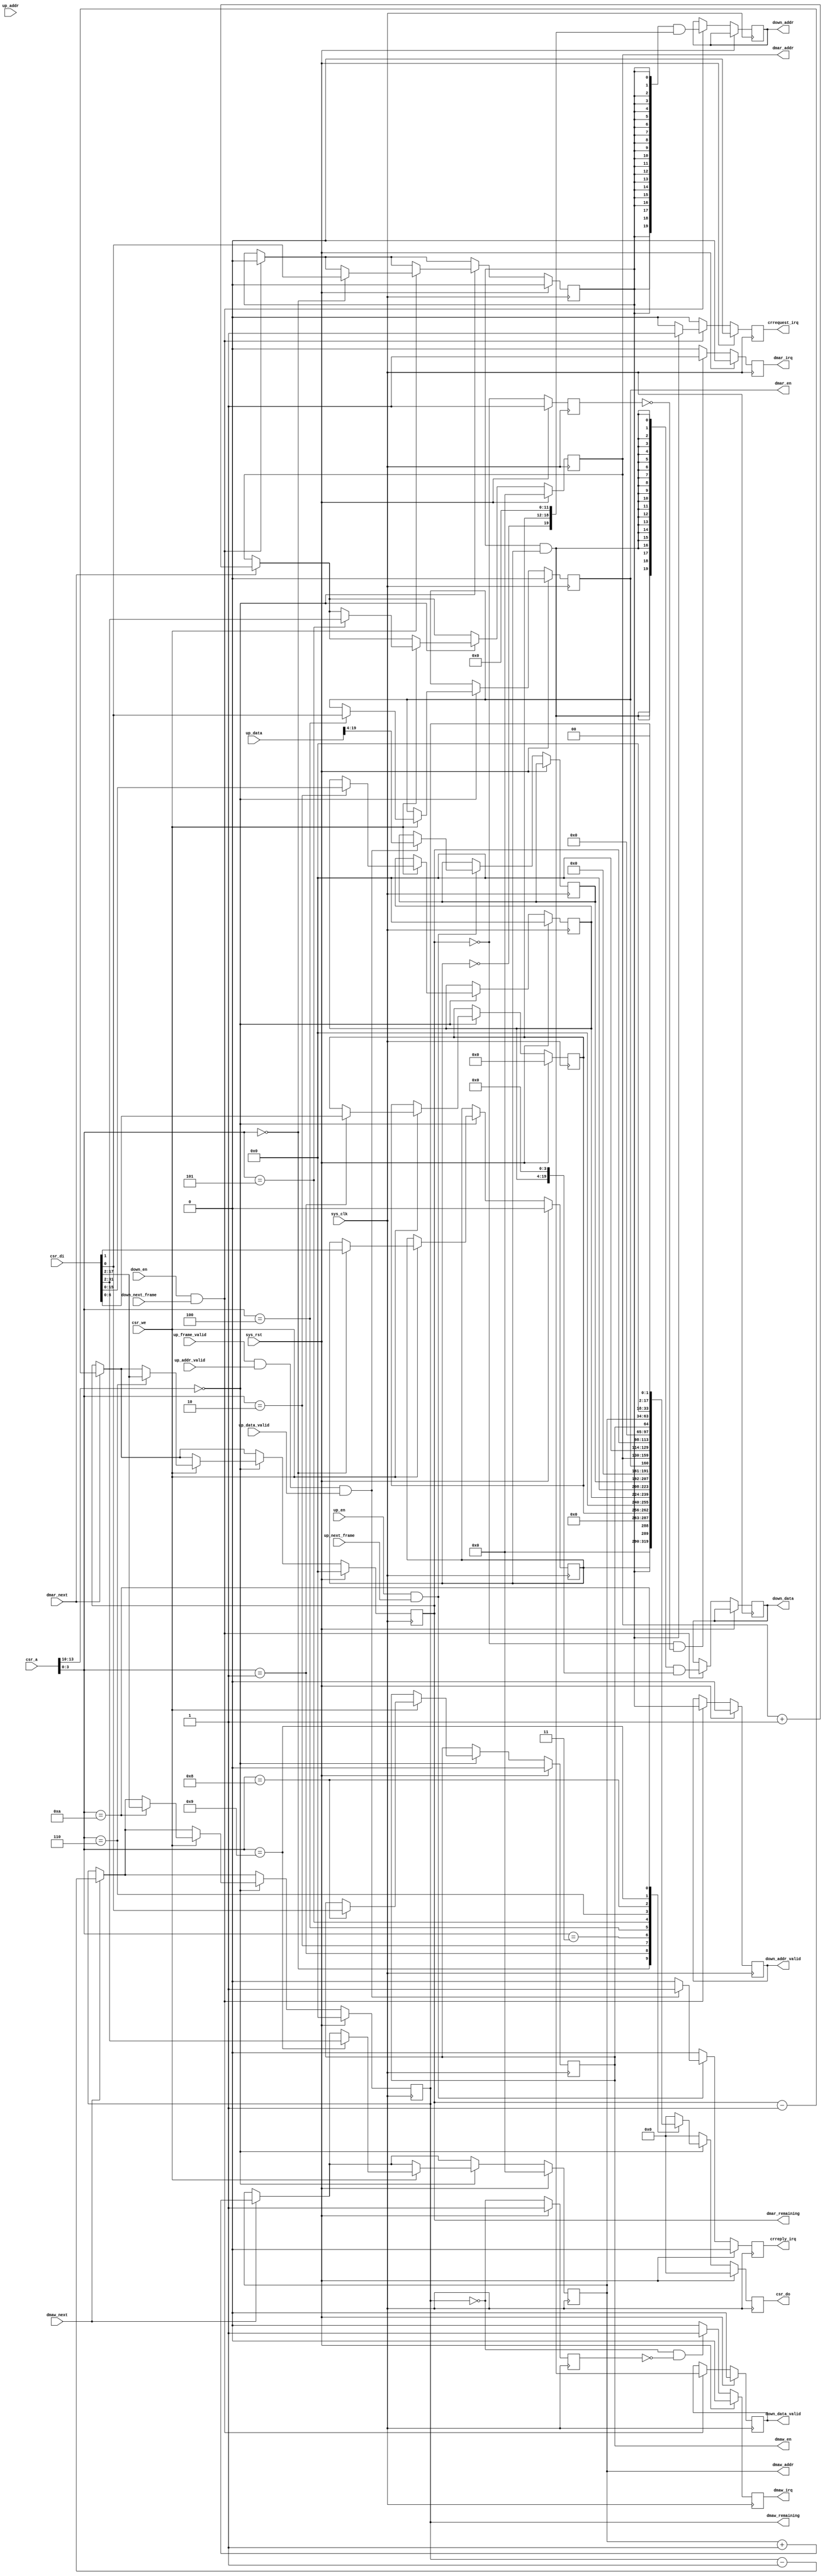
/*
 * Milkymist SoC
 * Copyright (C) 2007, 2008, 2009 Sebastien Bourdeauducq
 *
 * This program is free software: you can redistribute it and/or modify
 * it under the terms of the GNU General Public License as published by
 * the Free Software Foundation, version 3 of the License.
 *
 * This program is distributed in the hope that it will be useful,
 * but WITHOUT ANY WARRANTY; without even the implied warranty of
 * MERCHANTABILITY or FITNESS FOR A PARTICULAR PURPOSE.  See the
 * GNU General Public License for more details.
 *
 * You should have received a copy of the GNU General Public License
 * along with this program.  If not, see <http://www.gnu.org/licenses/>.
 */

module ac97_ctlif #(
	parameter csr_addr = 4'h0
) (
	input sys_clk,
	input sys_rst,

	input [13:0] csr_a,
	input csr_we,
	input [31:0] csr_di,
	output reg [31:0] csr_do,
	
	output reg crrequest_irq,
	output reg crreply_irq,
	output reg dmar_irq,
	output reg dmaw_irq,
	
	input down_en,
	input down_next_frame,
	output reg down_addr_valid,
	output reg [19:0] down_addr,
	output reg down_data_valid,
	output reg [19:0] down_data,

	input up_en,
	input up_next_frame,
	input up_frame_valid,
	input up_addr_valid,
	input [19:0] up_addr,
	input up_data_valid,
	input [19:0] up_data,
	
	output reg dmar_en,
	output reg [29:0] dmar_addr,
	output reg [15:0] dmar_remaining,
	input dmar_next,
	output reg dmaw_en,
	output reg [29:0] dmaw_addr,
	output reg [15:0] dmaw_remaining,
	input dmaw_next
);

wire dmar_finished = dmar_remaining == 16'd0;
reg dmar_finished_r;
always @(posedge sys_clk) begin
	if(sys_rst)
		dmar_finished_r <= 1'b1;
	else
		dmar_finished_r <= dmar_finished;
end
wire dmaw_finished = dmaw_remaining == 16'd0;
reg dmaw_finished_r;
always @(posedge sys_clk) begin
	if(sys_rst)
		dmaw_finished_r <= 1'b1;
	else
		dmaw_finished_r <= dmaw_finished;
end

wire csr_selected = csr_a[13:10] == csr_addr;

reg request_en;
reg request_write;
reg [6:0] request_addr;
reg [15:0] request_data;
reg [15:0] reply_data;
always @(posedge sys_clk) begin
	if(sys_rst) begin
		csr_do <= 32'd0;
		request_en <= 1'b0;
		request_write <= 1'b0;
		request_addr <= 7'd0;
		request_data <= 16'd0;
		
		down_addr_valid <= 1'b0;
		down_data_valid <= 1'b0;
		
		dmar_en <= 1'b0;
		dmar_addr <= 30'd0;
		dmar_remaining <= 16'd0;
		dmaw_en <= 1'b0;
		dmaw_addr <= 30'd0;
		dmaw_remaining <= 16'd0;
		
		crrequest_irq <= 1'b0;
		crreply_irq <= 1'b0;
		dmar_irq <= 1'b0;
		dmaw_irq <= 1'b0;
	end else begin
		crrequest_irq <= 1'b0;
		crreply_irq <= 1'b0;
		dmar_irq <= 1'b0;
		dmaw_irq <= 1'b0;
	
		if(down_en & down_next_frame) begin
			down_addr_valid <= request_en;
			down_addr <= {20{request_en}} & {~request_write, request_addr, 12'd0};
			down_data_valid <= request_en & request_write;
			down_data <= {20{request_en & request_write}} & {request_data, 4'd0};
			
			request_en <= 1'b0;
			if(request_en)
				crrequest_irq <= 1'b1;
		end
		if(up_en & up_next_frame) begin
			if(up_frame_valid & up_addr_valid & up_data_valid) begin
				crreply_irq <= 1'b1;
				reply_data <= up_data[19:4];
			end
		end
		
		if(dmar_next) begin
			dmar_addr <= dmar_addr + 30'd1;
			dmar_remaining <= dmar_remaining - 16'd1;
		end
		if(dmaw_next) begin
			dmaw_addr <= dmaw_addr + 30'd1;
			dmaw_remaining <= dmaw_remaining - 16'd1;
		end
		
		if(dmar_finished & ~dmar_finished_r)
			dmar_irq <= 1'b1;
		if(dmaw_finished & ~dmaw_finished_r)
			dmaw_irq <= 1'b1;
	
		csr_do <= 32'd0;
		if(csr_selected) begin
			if(csr_we) begin
				case(csr_a[3:0])
					/* Codec register access */
					4'b0000: begin
						request_en <= csr_di[0];
						request_write <= csr_di[1];
					end
					4'b0001: request_addr <= csr_di[6:0];
					4'b0010: request_data <= csr_di[15:0];
					// Reply Data is read-only
					
					/* Downstream */
					4'b0100: dmar_en <= csr_di[0];
					4'b0101: dmar_addr <= csr_di[31:2];
					4'b0110: dmar_remaining <= csr_di[17:2];
					
					/* Upstream */
					4'b1000: dmaw_en <= csr_di[0];
					4'b1001: dmaw_addr <= csr_di[31:2];
					4'b1010: dmaw_remaining <= csr_di[17:2];
				endcase
			end
			case(csr_a[3:0])
				/* Codec register access */
				4'b0000: csr_do <= {request_write, request_en};
				4'b0001: csr_do <= request_addr;
				4'b0010: csr_do <= request_data;
				4'b0011: csr_do <= reply_data;
				
				/* Downstream */
				4'b0100: csr_do <= dmar_en;
				4'b0101: csr_do <= {dmar_addr, 2'b00};
				4'b0110: csr_do <= {dmar_remaining, 2'b00};

				/* Upstream */
				4'b1000: csr_do <= dmaw_en;
				4'b1001: csr_do <= {dmaw_addr, 2'b00};
				4'b1010: csr_do <= {dmaw_remaining, 2'b00};
			endcase
		end
	end
end

endmodule